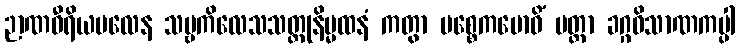
ဉာဏဝီရိယဗလေန သဗ္ဗကိလေသသတ္တုနိမ္မထနံ ကတွာ ပစ္စေကဗောဓိံ ပတ္တာ ခဂ္ဂဝိသာဏကပ္ပါ